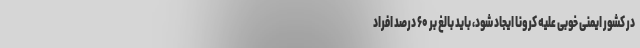
در کشور ایمنی خوبی علیه کرونا ایجاد شود، باید بالغ بر ۶۰ درصد افراد